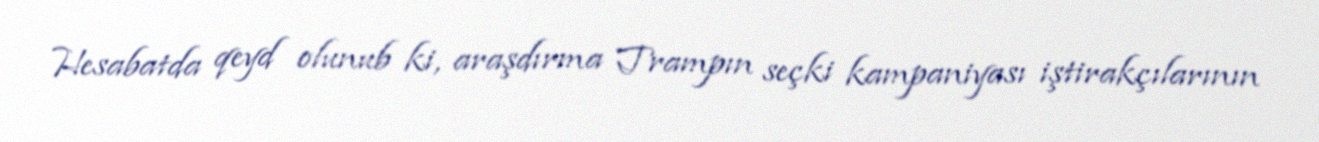
Hesabatda qeyd olunub ki, araşdırma Trampın seçki kampaniyası iştirakçılarının